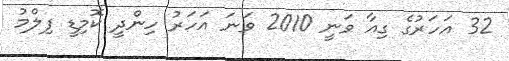
32 އަހަރުގެ ގިއާ ވަނީ 2010 ވަނަ އަހަރު ހިންދީ ކޮމިޑީ ފިލްމު